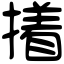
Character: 撯